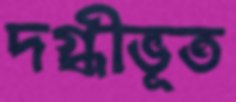
দগ্ধীভূত